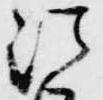
法